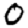
Digit: 0